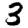
Digit: 3